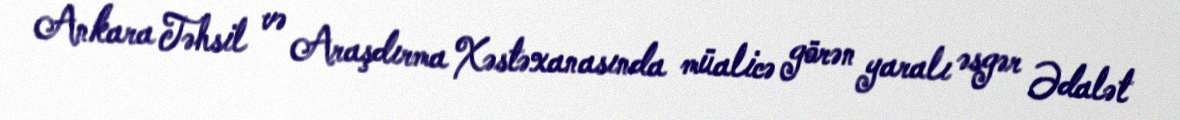
Ankara Təhsil və Araşdırma Xəstəxanasında müalicə görən yaralı əsgər Ədalət